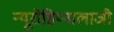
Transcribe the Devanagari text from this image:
न्यूरोहिप्नालाजी